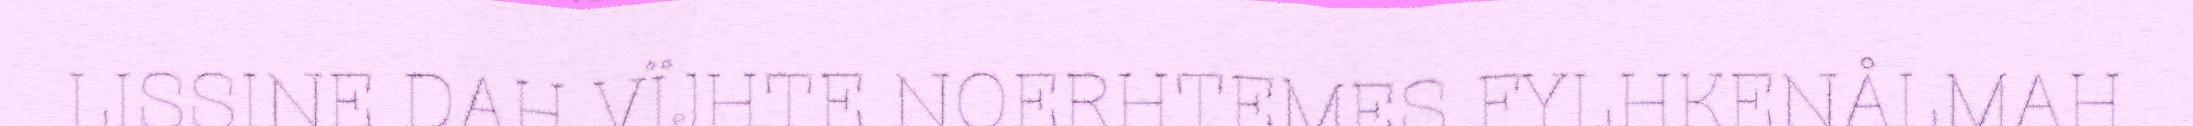
LISSINE DAH VÏJHTE NOERHTEMES FYLHKENÅLMAH